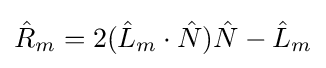
{\hat {R}}_{m}=2({\hat {L}}_{m}\cdot {\hat {N}}){\hat {N}}-{\hat {L}}_{m}